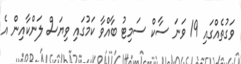
ވަގުތެއްގައި 19 ވަނަ ސާކް ސަމިޓު ބާއްވާ ކަމުގައި ވިޔަސް ލަންކާއިން އެ